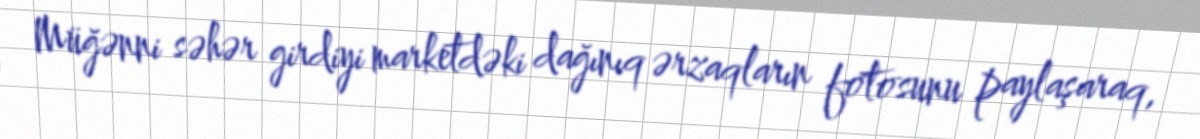
Müğənni səhər girdiyi marketdəki dağınıq ərzaqların fotosunu paylaşaraq,